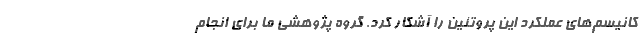
کانیسم‌های عملکرد این پروتئین را آشکار کرد. گروه پژوهشی ما برای انجام